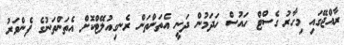
ރާއްޖޭގައި މިހާރު ގެސްޓް ހައުސް ހަދަމުން ދަނީ އެތަންތަން ރެނގިއުލޭޓްކޮށް އެތަންތަނުގެ ފެންވަރު